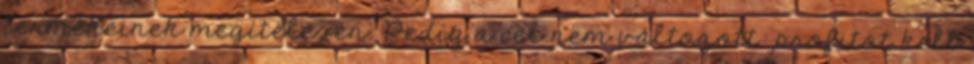
termékeinek megítélésén. Pedig a cél nem változott: profitot kell